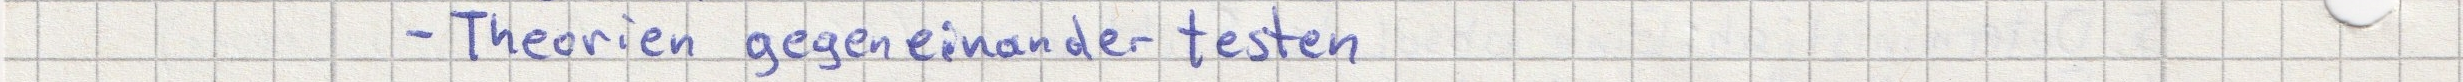
- Theorien gegeneinander testen